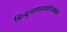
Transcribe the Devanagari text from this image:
बिन्दुन्यासादयोऽवस्थाः